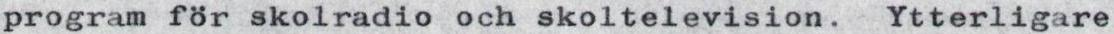
program för skolradio och skoltelevision. Ytterligare